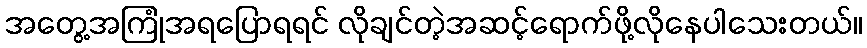
အတွေ့အကြုံအရပြောရရင် လိုချင်တဲ့အဆင့်ရောက်ဖို့လိုနေပါသေးတယ်။